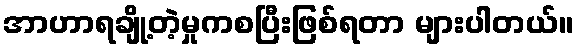
အာဟာရချို့တဲ့မှုကစပြီးဖြစ်ရတာ များပါတယ်။